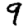
Digit: 9